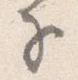
子